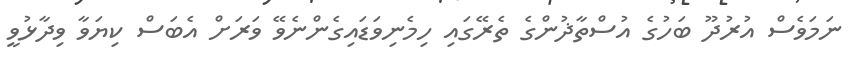
ނަމަވެސް އުރުދޫ ބަހުގެ އުސްތާޛުންގެ ތެރޭގައި ހިމެނިވަޑައިގެންނެވޭ ވަރަށް އެބަސް ކިޔަވާ ވިދާޅުވީ